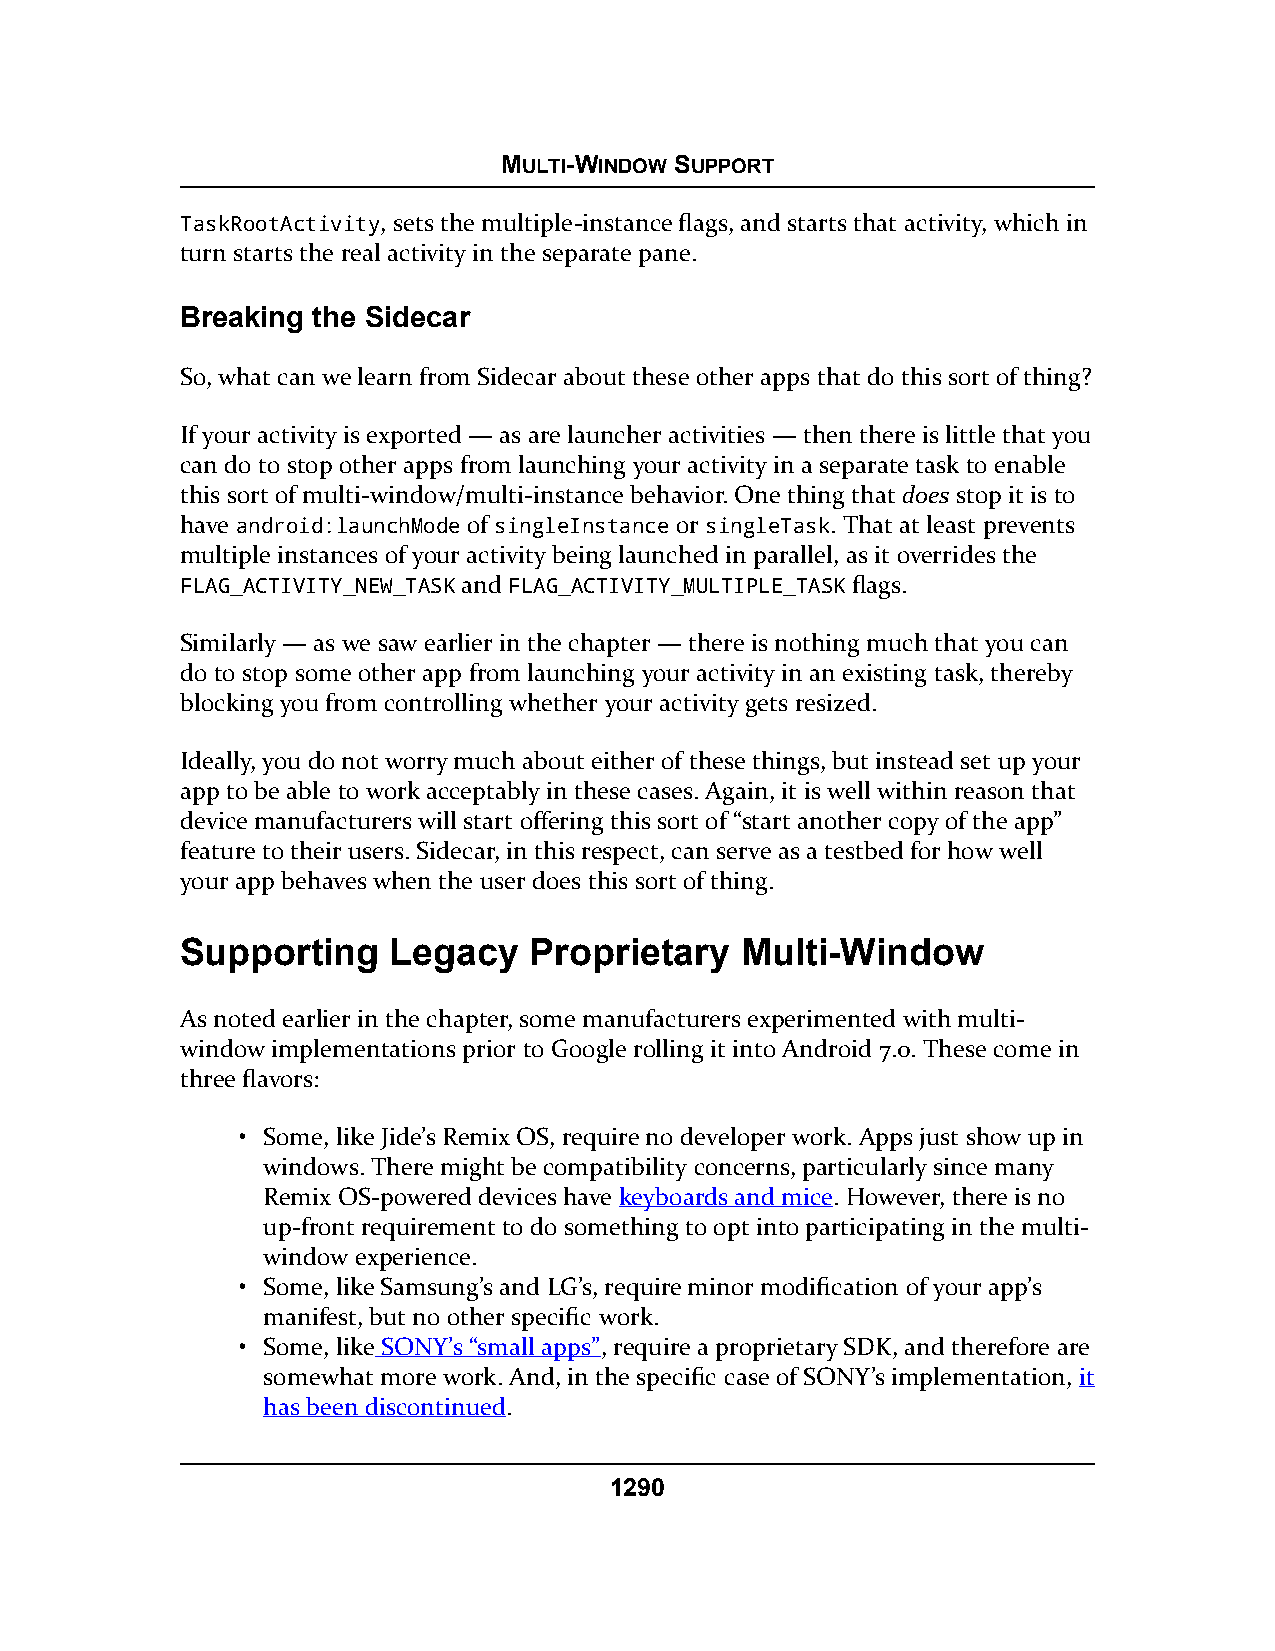
MULTI-WINDOW SUPPORT
 TaskRootActivity, sets the multiple-instance flags, and starts that activity, which in
 turn starts the real activity in the separate pane.
 Breaking the Sidecar
 So, what can we learn from Sidecar about these other apps that do this sort of thing?
 If your activity is exported — as are launcher activities — then there is little that you
 can do to stop other apps from launching your activity in a separate task to enable
 this sort of multi-window/multi-instance behavior. One thing that does stop it is to
 have android:launchMode of singleInstance or singleTask. That at least prevents
 multiple instances of your activity being launched in parallel, as it overrides the
 FLAG_ACTIVITY_NEW_TASK and FLAG_ACTIVITY_MULTIPLE_TASK flags.
 Similarly — as we saw earlier in the chapter — there is nothing much that you can
 do to stop some other app from launching your activity in an existing task, thereby
 blocking you from controlling whether your activity gets resized.
 Ideally, you do not worry much about either of these things, but instead set up your
 app to be able to work acceptably in these cases. Again, it is well within reason that
 device manufacturers will start offering this sort of “start another copy of the app”
 feature to their users. Sidecar, in this respect, can serve as a testbed for how well
 your app behaves when the user does this sort of thing.
 Supporting    Legacy   Proprietary   Multi-Window
 As noted earlier in the chapter, some manufacturers experimented with multi-
 window implementations prior to Google rolling it into Android 7.0. These come in
 three flavors:
 • Some, like Jide’s Remix OS, require no developer work. Apps just show up in
 windows. There might be compatibility concerns, particularly since many
 Remix OS-powered devices have keyboards and mice. However, there is no
 up-front requirement to do something to opt into participating in the multi-
 window experience.
 • Some, like Samsung’s and LG’s, require minor modification of your app’s
 manifest, but no other specific work.
 • Some, like SONY’s “small apps”, require a proprietary SDK, and therefore are
 somewhat more work. And, in the specific case of SONY’s implementation, it
 has been discontinued.
 1290